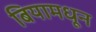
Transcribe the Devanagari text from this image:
बियामधून